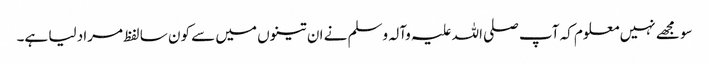
سو مجھے نہیں معلوم کہ آپ صلی اللہ علیہ وآلہ وسلم نے ان تینوں میں سے کون سا لفظ مراد لیا ہے۔